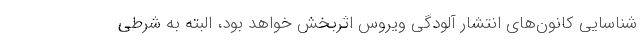
شناسایی کانون‌های انتشار آلودگی ویروس اثربخش خواهد بود، البته به شرطی